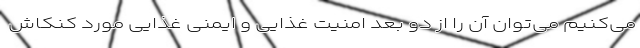
می‌کنیم می‌توان آن را از دو بعد امنیت غذایی و ایمنی غذایی مورد کنکاش